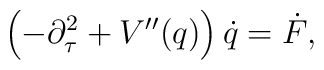
\left( - \partial_\tau^2 + V^{\prime\prime}(q)\right) \dot q = \dot F,